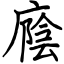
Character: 廕